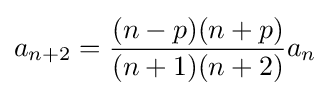
a_{n+2}={(n-p)(n+p) \over (n+1)(n+2)}a_{n}